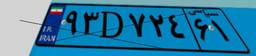
۹۳D۷۲۴۶۱